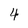
Character: 4